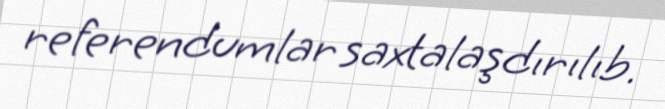
referendumlar saxtalaşdırılıb.